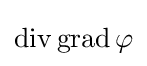
\operatorname {div} \operatorname {grad} \varphi